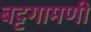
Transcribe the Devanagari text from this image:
बट्टगामणी